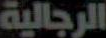
الرجالية